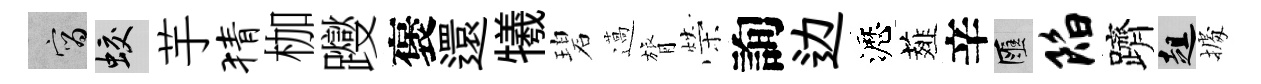
宵蛟芋猜枷躞褒還犧碧薖膂榮詢边瀝薤辛匯陷躋趄𢴃